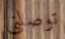
توصلني